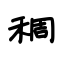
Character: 稠